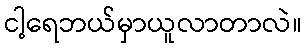
ငါ့ရေဘယ်မှာယူလာတာလဲ။